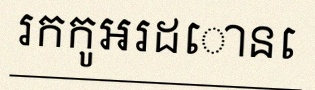
រកកូអរដោនេ